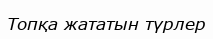
Топқа жататын түрлер